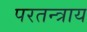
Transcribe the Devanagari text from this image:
परतन्त्राय